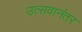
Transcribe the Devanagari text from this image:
उत्सवानंतर